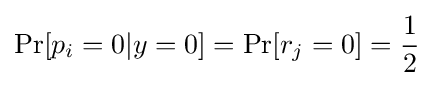
\Pr[p_{i}=0|y=0]=\Pr[r_{j}=0]={\frac {1}{2}}